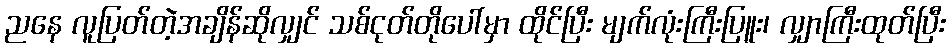
ညနေ လူပြတ်တဲ့အချိန်ဆိုလျှင် သစ်ငုတ်တိုပေါ်မှာ ထိုင်ပြီး မျက်လုံးကြီးပြူး၊ လျှာကြီးထုတ်ပြီး